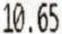
10.65